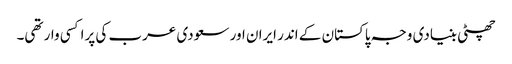
چھٹی بنیادی وجہ پاکستان کے اندر ایران اور سعودی عرب کی پراکسی وار تھی۔